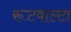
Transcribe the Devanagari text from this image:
रूटवाल्टा